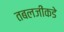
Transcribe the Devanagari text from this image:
तबलजींकडे